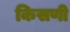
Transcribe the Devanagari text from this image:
किसणी